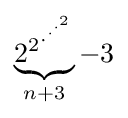
{\begin{matrix}\underbrace {{2^{2}}^{{\cdot }^{{\cdot }^{{\cdot }^{2}}}}} _{n+3}-3\end{matrix}}